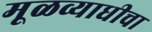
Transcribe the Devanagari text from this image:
मूळव्याधीचा